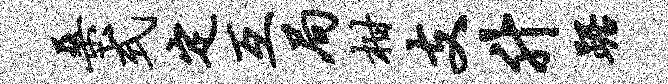
桑式定互局柑支升踞